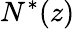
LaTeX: N^{*}(z)